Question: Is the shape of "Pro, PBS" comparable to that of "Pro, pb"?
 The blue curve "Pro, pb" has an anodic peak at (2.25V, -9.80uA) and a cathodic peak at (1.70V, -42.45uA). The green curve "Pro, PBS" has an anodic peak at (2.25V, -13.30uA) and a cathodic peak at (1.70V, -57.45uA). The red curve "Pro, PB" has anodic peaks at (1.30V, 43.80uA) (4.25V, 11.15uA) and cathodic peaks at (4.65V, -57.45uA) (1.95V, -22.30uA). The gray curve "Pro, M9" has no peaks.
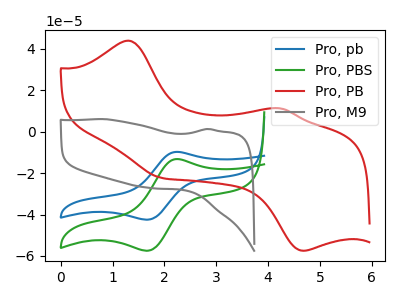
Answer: <think>All the peaks in "Pro, PBS" have a peak in "Pro, pb" at the same potential.
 </think>
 <answer>"Pro, PBS" and "Pro, pb" are similar in shape.</answer>
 <eval>same_shape</eval>